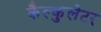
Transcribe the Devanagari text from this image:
कैल्कुलेटर